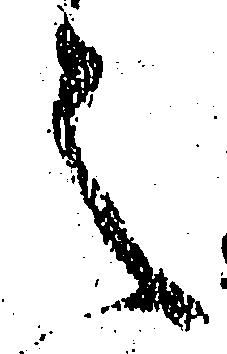
之